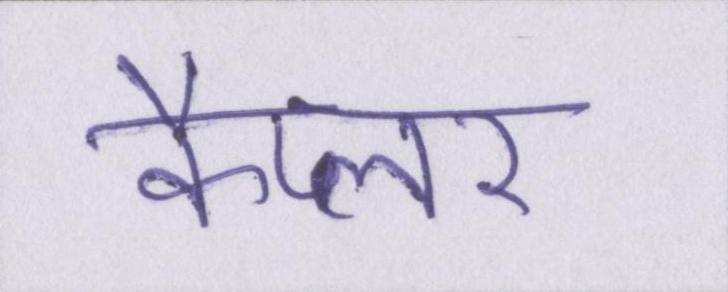
कैप्लर